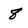
Character: 8